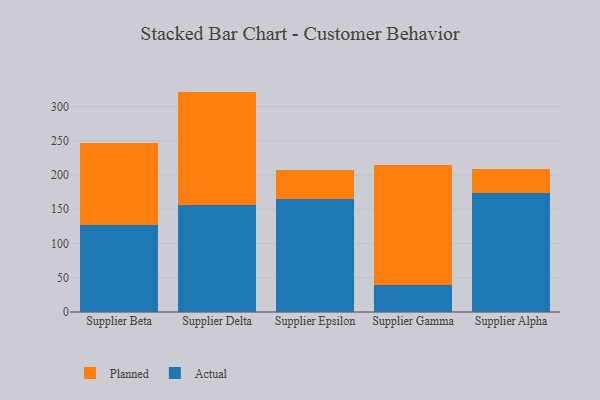
{"axis": {"x": "Supplier", "y": "Energy Usage (MWh)"}, "legend": ["Actual", "Planned"], "data": [{"x": "Supplier Beta", "y": 127.3, "type": "Actual"}, {"x": "Supplier Beta", "y": 119.4, "type": "Planned"}, {"x": "Supplier Delta", "y": 156.2, "type": "Actual"}, {"x": "Supplier Delta", "y": 165.6, "type": "Planned"}, {"x": "Supplier Epsilon", "y": 165.0, "type": "Actual"}, {"x": "Supplier Epsilon", "y": 42.7, "type": "Planned"}, {"x": "Supplier Gamma", "y": 39.8, "type": "Actual"}, {"x": "Supplier Gamma", "y": 174.4, "type": "Planned"}, {"x": "Supplier Alpha", "y": 173.8, "type": "Actual"}, {"x": "Supplier Alpha", "y": 35.7, "type": "Planned"}]}